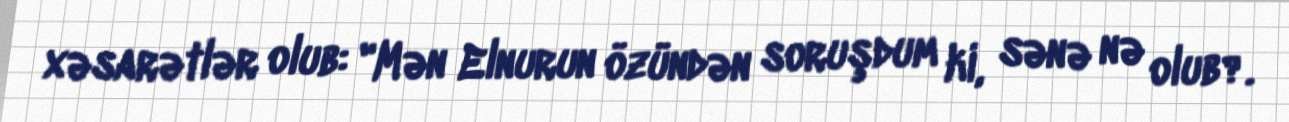
xəsarətlər olub: "Mən Elnurun özündən soruşdum ki, sənə nə olub?.